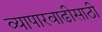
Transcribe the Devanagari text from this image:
व्यापारवाढीसाठी